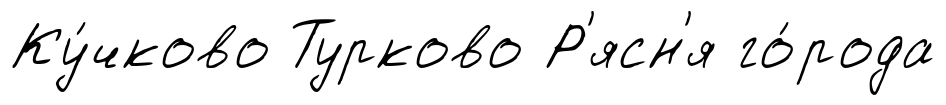
Ку́чково Турково Р'ясн'я го́рода